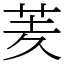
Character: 羐